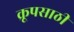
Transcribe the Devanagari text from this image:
क्रूपसाठी